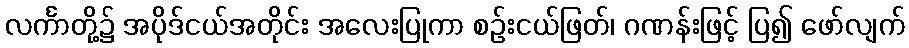
လင်္ကာတို့၌ အပိုဒ်ငယ်အတိုင်း အလေးပြုကာ စဉ်းငယ်ဖြတ်၊ ဂဏန်းဖြင့် ပြ၍ ဖော်လျက်